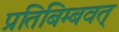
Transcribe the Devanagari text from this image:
प्रतिबिम्बवत्